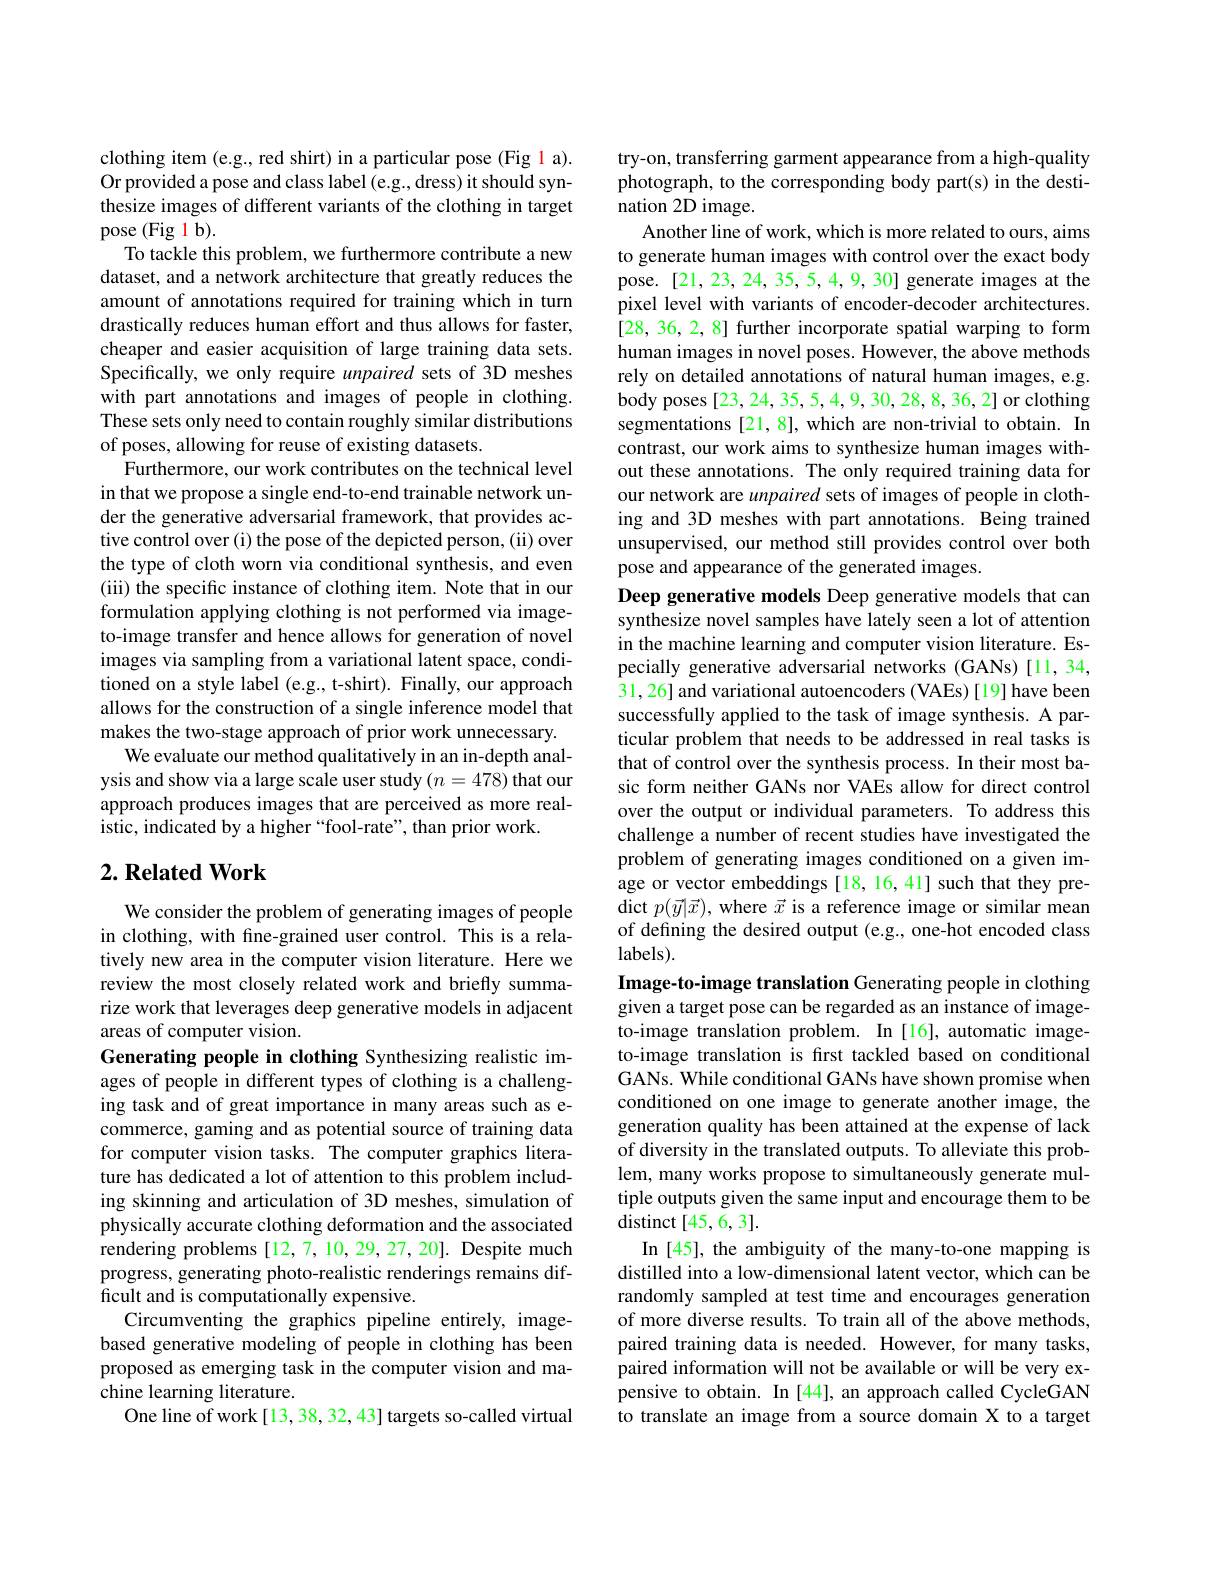
clothing item (e.g., red shirt) in a particular pose (Fig 1 a). Or provided a pose and class label (e.g., dress) it should synthesize images of different variants of the clothing in target pose (Fig 1 b).
To tackle this problem, we furthermore contribute a new dataset, and a network architecture that greatly reduces the amount of annotations required for training which in turn drastically reduces human effort and thus allows for faster, cheaper and easier acquisition of large training data sets. Specifically, we only require unpaired sets of 3D meshes with part annotations and images of people in clothing. These sets only need to contain roughly similar distributions of poses, allowing for reuse of existing datasets.
Furthermore, our work contributes on the technical level in that we propose a single end-to-end trainable network under the generative adversarial framework, that provides active control over (i) the pose of the depicted person, (ii) over the type of cloth worn via conditional synthesis, and even (iii) the specific instance of clothing item. Note that in our formulation applying clothing is not performed via imageto-image transfer and hence allows for generation of novel images via sampling from a variational latent space, conditioned on a style label (e.g., t-shirt). Finally, our approach allows for the construction of a single inference model that makes the two-stage approach of prior work unnecessary.
We evaluate our method qualitatively in an in-depth analysis and show via a large scale user study $(n=478)$ that our approach produces images that are perceived as more realistic, indicated by a higher“fool-rate”, than prior work.

## $2. \textbf{Related Work}$

We consider the problem of generating images of people in clothing, with fine-grained user control. This is a relatively new area in the computer vision literature. Here we review the most closely related work and briefly summarize work that leverages deep generative models in adjacent areas of computer vision.
Generating people in clothing Synthesizing realistic images of people in different types of clothing is a challenging task and of great importance in many areas such as ecommerce, gaming and as potential source of training data for computer vision tasks. The computer graphics literature has dedicated a lot of attention to this problem including skinning and articulation of 3D meshes, simulation of physically accurate clothing deformation and the associated rendering problems[12,7,10,29,27,20]. Despite much progress, generating photo-realistic renderings remains difficult and is computationally expensive.
Circumventing the graphics pipeline entirely, imagebased generative modeling of people in clothing has been proposed as emerging task in the computer vision and machine learning literature.
One line of work[13, 38, 32, 43] targets so-called virtual

try-on, transferring garment appearance from a high-quality photograph, to the corresponding body part(s) in the desti- ${\mathrm{nation~2D~image.}}$
Another line of work, which is more related to ours, aims to generate human images with control over the exact body pose. [21, 23, 24, 35, 5, 4, 9, 30] generate images at the pixel level with variants of encoder-decoder architectures. [28,36,2,8] further incorporate spatial warping to form human images in novel poses. However, the above methods rely on detailed annotations of natural human images, e.g. body poses [23, 24, 35, 5, 4, 9, 30, 28, 8, 36, 2] or clothing segmentations [21,8], which are non-trivial to obtain. In contrast, our work aims to synthesize human images without these annotations. The only required training data for our network are unpaired sets of images of people in clothing and 3D meshes with part annotations. Being trained unsupervised, our method still provides control over both pose and appearance of the generated images.
Deep generative models Deep generative models that can synthesize novel samples have lately seen a lot of attention in the machine learning and computer vision literature. Especially generative adversarial networks (GANs) [11,34, 31, 26] and variational autoencoders (VAEs)[19] have been successfully applied to the task of image synthesis. A particular problem that needs to be addressed in real tasks is that of control over the synthesis process. In their most basic form neither GANs nor VAEs allow for direct control over the output or individual parameters. To address this challenge a number of recent studies have investigated the problem of generating images conditioned on a given image or vector embeddings[18,16,41] such that they predict $p(\vec{y}|\vec{x})$, where $\vec{x}$ is a reference image or similar mean of defining the desired output (e.g., one-hot encoded class $labels).$
Image-to-image translation Generating people in clothing given a target pose can be regarded as an instance of imageto-image translation problem. In [16], automatic imageto-image translation is first tackled based on conditional GANs. While conditional GANs have shown promise when conditioned on one image to generate another image, the generation quality has been attained at the expense of lack of diversity in the translated outputs. To alleviate this problem, many works propose to simultaneously generate multiple outputs given the same input and encourage them to be distinct [ 45, 6, 3] .
In [45], the ambiguity of the many-to-one mapping is distilled into a low-dimensional latent vector, which can be randomly sampled at test time and encourages generation of more diverse results. To train all of the above methods, paired training data is needed. However, for many tasks, paired information will not be available or will be very ex-

pensive to obtain. In [44], an approach called CycleGAN to translate an image from a source domain X to a target